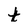
Character: t